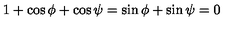
1 + \cos \phi + \cos \psi = \sin \phi + \sin \psi = 0